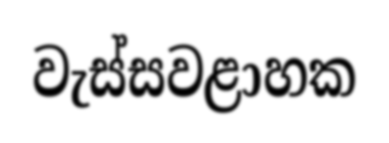
වැස්සවළාහක